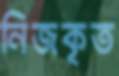
নিজকৃত